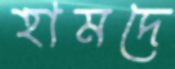
হামদে